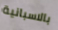
بالاسبانية